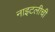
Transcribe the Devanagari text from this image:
नाइटलीची